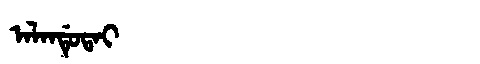
Manchu: ᠠᠯᠠᠨᡩᡠᡨᠠᡳ
Romanization: ALANDUTAI